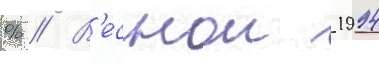
% // В'еснои 1994